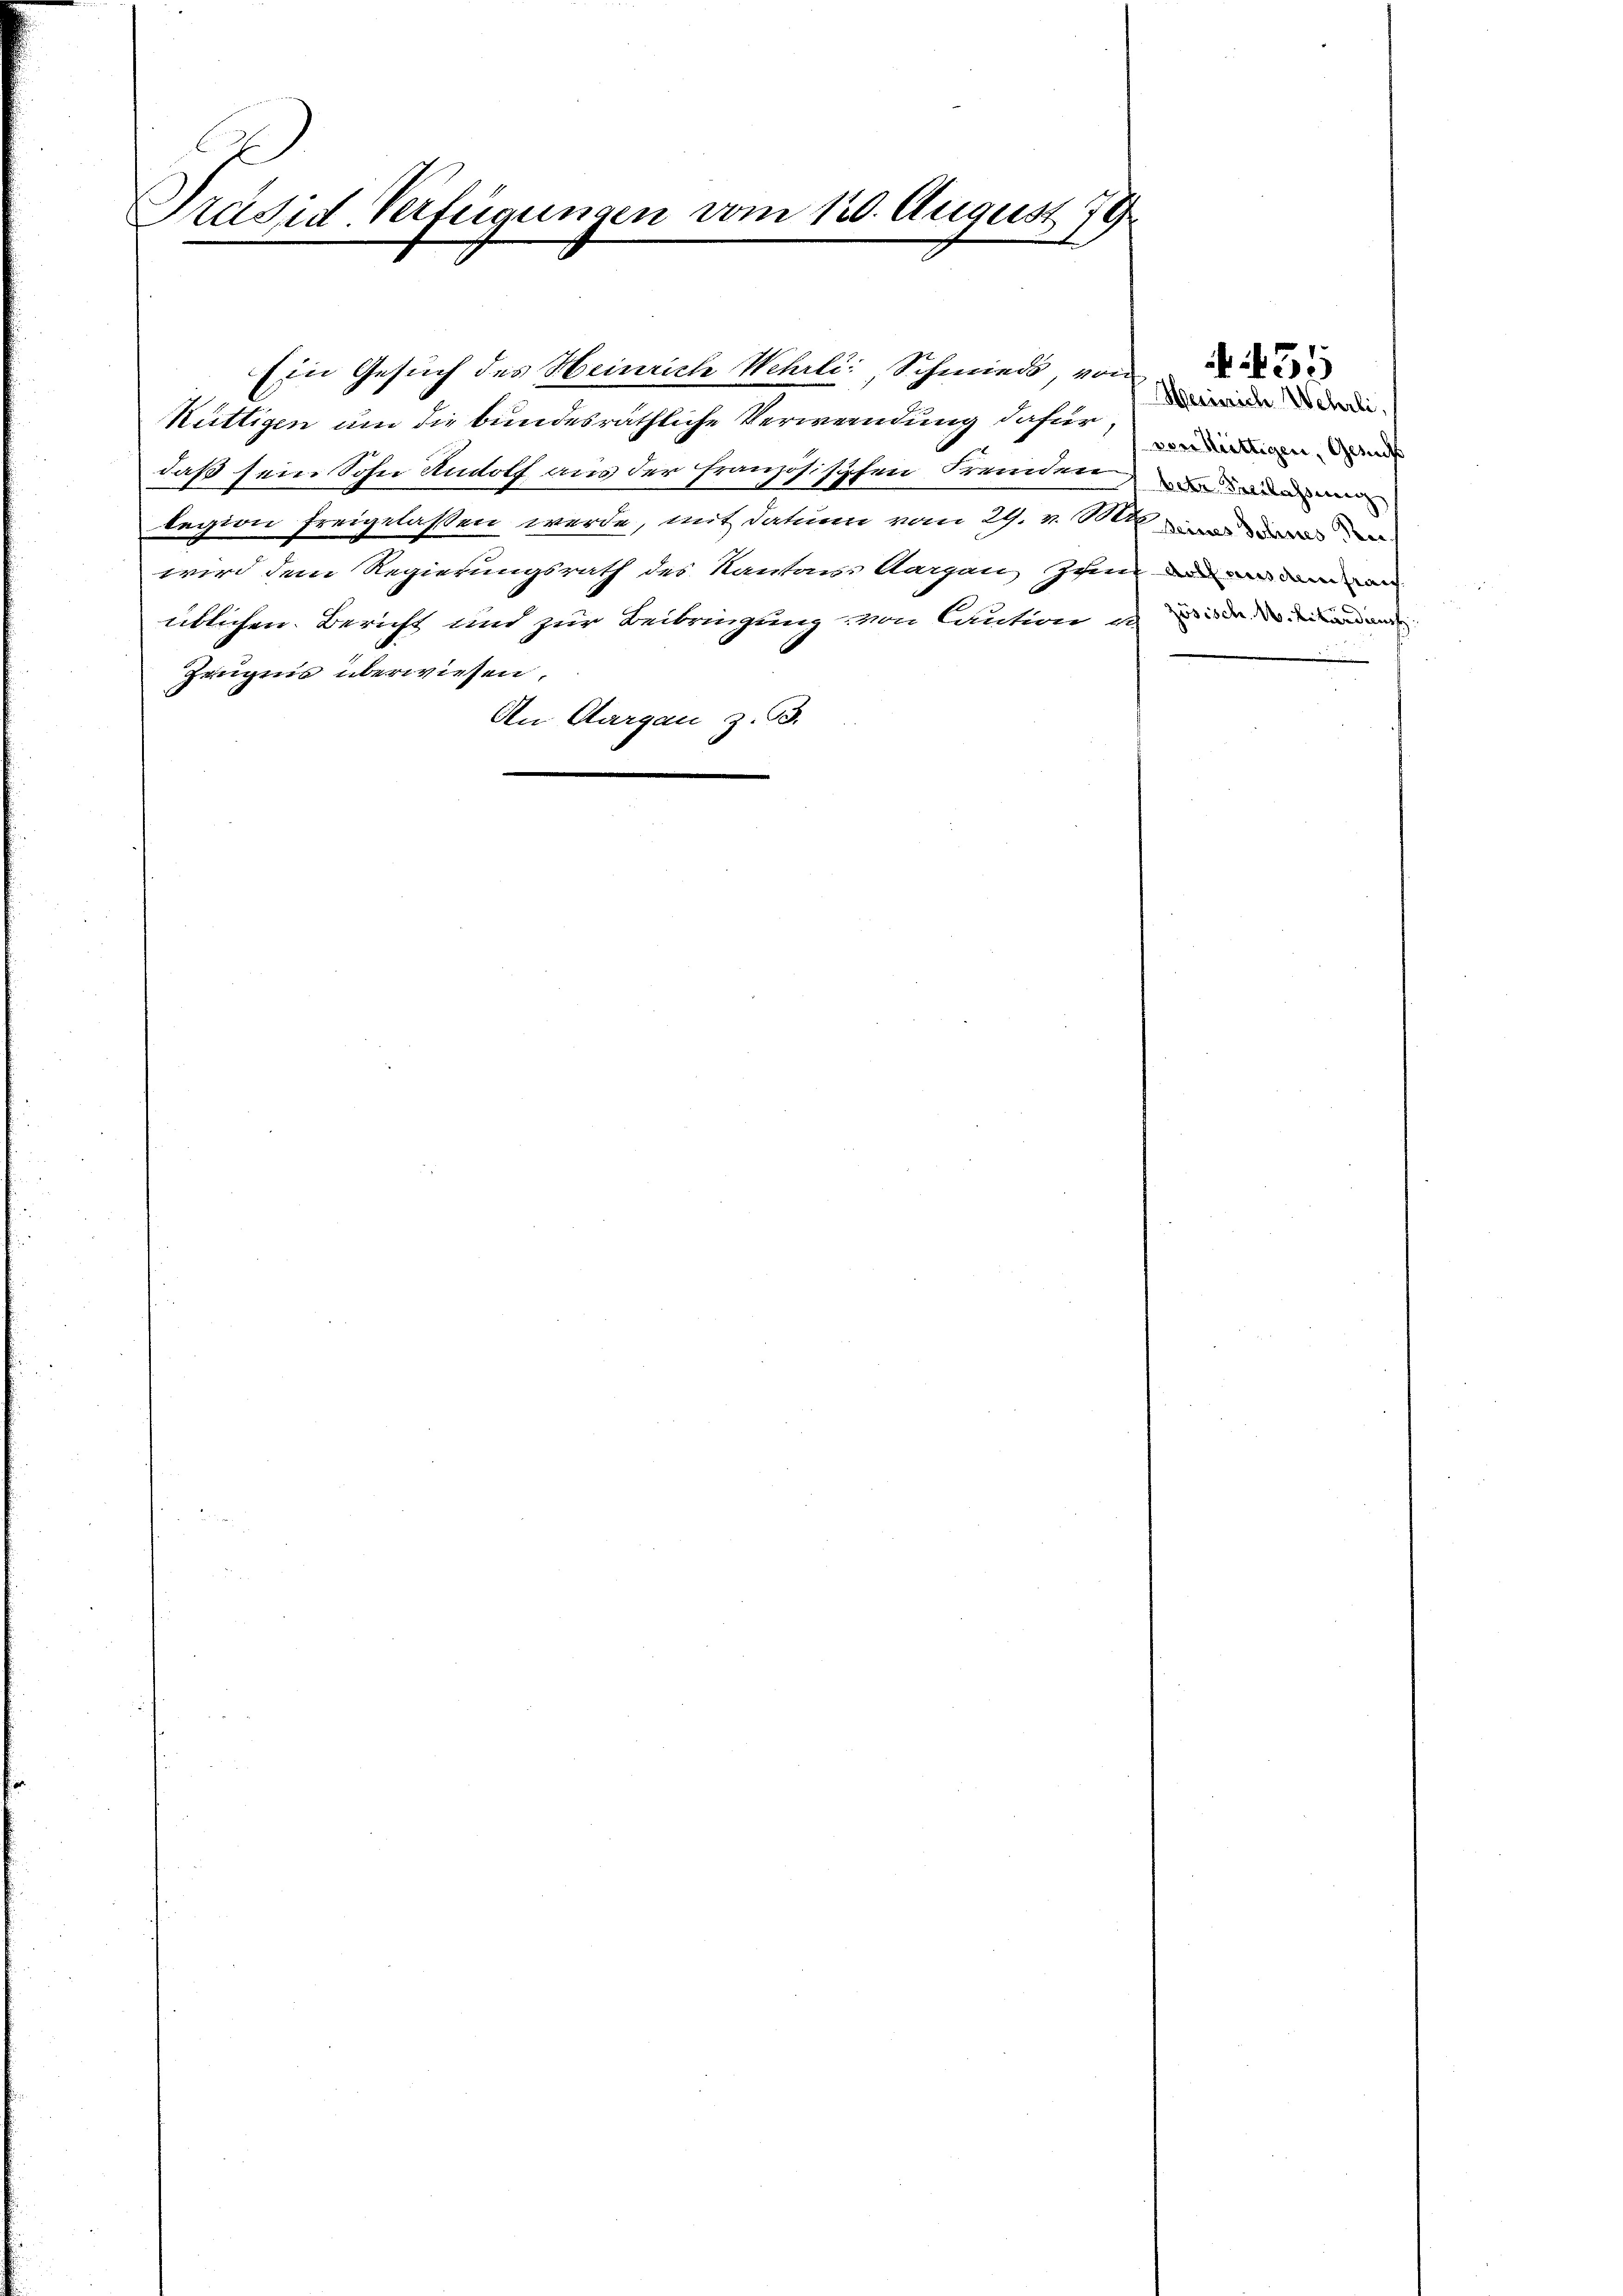
E
Präsid-Verfügungen vom 120. August 179

Küttigen um die bundesräthliche Verwendung dafür,
daß sein Sohn Rudolf aus der französischen Fremden
legion freigelassen werde, mit dati vom 29. v. Mt
wird dem Regierungsrath des Kantons Aargau, zum der ein
üblichen Bericht und zur Beibringung von Caution es der den ande
Zeugens überwiesen.
An Aargau z. B.

Ein Gesuch des Heinrich Wehrli, Schmied, von

Heinrich Wehrli,
von Müttigen, Gesuch